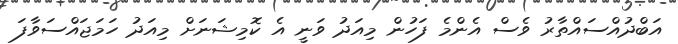
އަބްދުއްސައްތާރު ވެސް އެންމެ ފަހުން މިއަދު ވަނީ އެ ކޮމިޝަނަށް މިއަދު ހަމަޖައްސަވާފަ